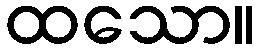
ထသော။